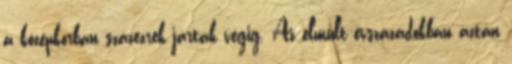
a középkorban százezrek jártak végig. Az elmúlt évszázadokban aztán